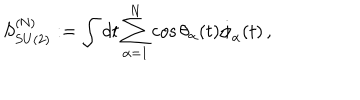
LaTeX: S _ { S U ( 2 ) } ^ { ( \mathrm { N } ) } : = \int d t \sum _ { \alpha = 1 } ^ { N } \cos \theta _ { \alpha } ( t ) \dot { \phi } _ { \alpha } ( t ) \, ,